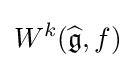
W^{k}({\widehat {\mathfrak {g}}},f)